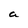
Character: a